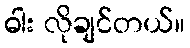
ဓါး လိုချင်တယ်။